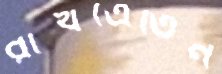
রাখত্রেতিন